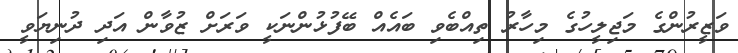
ވަޒީރުންގެ މަޖިލީހުގެ މިހާރު ތިއްބެވި ބައެއް ބޭފުޅުންނަކީ ވަރަށް ޒުވާން އަދި ދުނިޔަވީ